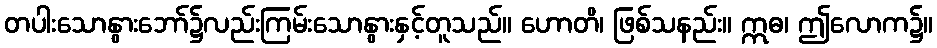
တပါးသောနွားဘော်၌လည်းကြမ်းသောနွားနှင့်တူသည်။ ဟောတိ၊ ဖြစ်သနည်း။ ဣဓ၊ ဤလောက၌။